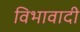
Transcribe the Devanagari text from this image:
विभावादी